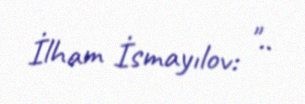
İlham İsmayılov: "..